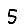
Digit: 5